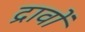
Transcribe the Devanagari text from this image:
द्रावों